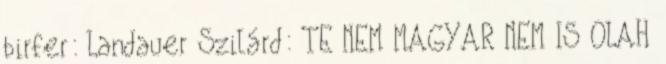
birfer: Landauer Szilárd: TE NEM MAGYAR NEM IS OLAH